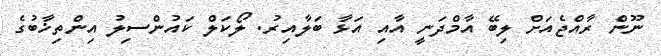
ނޫން ރާއްޖެއަށް ލިބޭ އާމްދަނީ އާއި އަޅާ ބަލާއިރު. ލޯކަލް ކައުންސިލު އިންތިޚާބުގެ